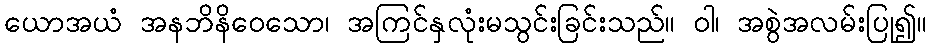
ယောအယံ အနဘိနိဝေသော၊ အကြင်နှလုံးမသွင်းခြင်းသည်။ ဝါ၊ အစွဲအလမ်းပြု၍။